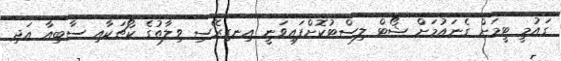
ގައުމީ ޓީމަށް ގެނައުމަށް ޝޯޓް ލިސްޓުކޮށްފައިވަނީ އިނގިރޭސި ވިލާތުގެ ކޯޗަކާއި ސާބިއާ އަދި